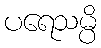
ပရေသမ္ပိ